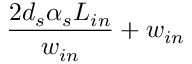
\frac { 2 d _ { s } \alpha _ { s } L _ { i n } } { w _ { i n } } + w _ { i n }